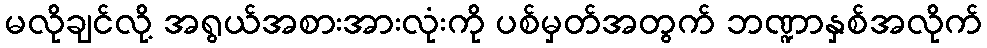
မလိုချင်လို့ အရွယ်အစားအားလုံးကို ပစ်မှတ်အတွက် ဘဏ္ဍာနှစ်အလိုက်